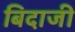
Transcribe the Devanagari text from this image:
बिदाजी